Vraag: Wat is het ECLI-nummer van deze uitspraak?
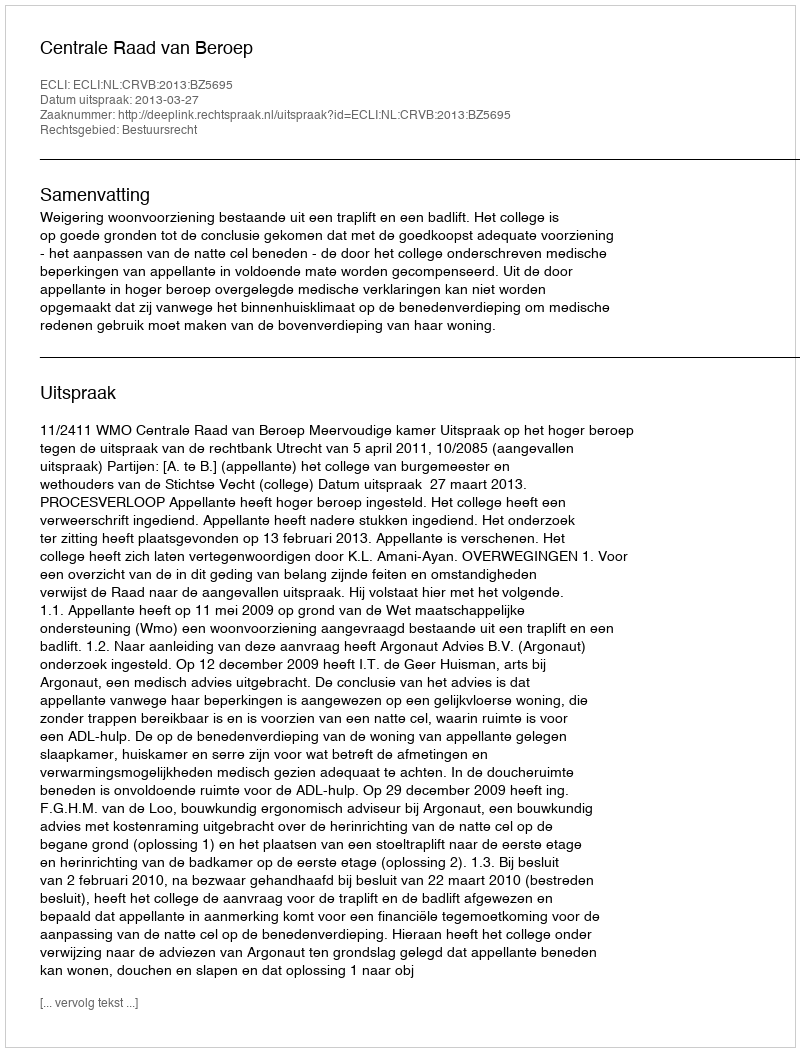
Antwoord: ECLI:NL:CRVB:2013:BZ5695